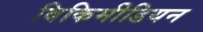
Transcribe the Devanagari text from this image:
विकिमीडियन